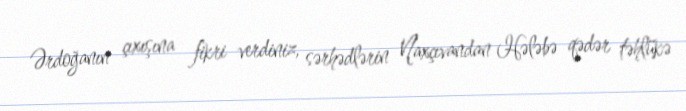
Ərdoğanın çıxışına fikri verdiniz, sərhədlərin Naxçıvandan Hələbə qədər təhlükə